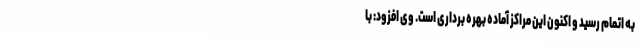
به اتمام رسید و اکنون این مراکز آماده بهره برداری است. وی افزود: با